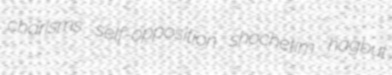
charisms self-opposition shochetim hagbut